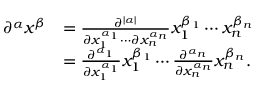
{ \begin{array} { r l } { \partial ^ { \alpha } x ^ { \beta } } & { = { \frac { \partial ^ { \vert \alpha \vert } } { \partial x _ { 1 } ^ { \alpha _ { 1 } } \cdots \partial x _ { n } ^ { \alpha _ { n } } } } x _ { 1 } ^ { \beta _ { 1 } } \cdots x _ { n } ^ { \beta _ { n } } } \\ & { = { \frac { \partial ^ { \alpha _ { 1 } } } { \partial x _ { 1 } ^ { \alpha _ { 1 } } } } x _ { 1 } ^ { \beta _ { 1 } } \cdots { \frac { \partial ^ { \alpha _ { n } } } { \partial x _ { n } ^ { \alpha _ { n } } } } x _ { n } ^ { \beta _ { n } } . } \end{array} }